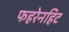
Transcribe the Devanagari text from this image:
फहरेनहिट